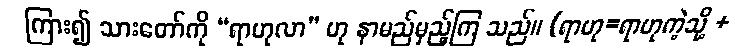
ကြား၍ သားတော်ကို “ရာဟုလာ” ဟု နာမည်မှည့်ကြ သည်။ (ရာဟု=ရာဟုကဲ့သို့ +